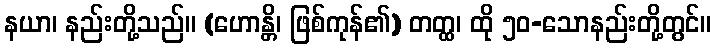
နယာ၊ နည်းတို့သည်။ (ဟောန္တိ၊ ဖြစ်ကုန်၏) တတ္ထ၊ ထို ၅၀-သောနည်းတို့တွင်။